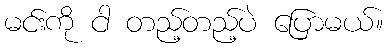
မင်းကို ငါ တည့်တည့်ပဲ ပြောမယ်။